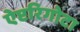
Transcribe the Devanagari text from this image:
ऐप्टरिगोटा